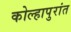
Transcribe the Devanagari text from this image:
कोल्हापुरांत